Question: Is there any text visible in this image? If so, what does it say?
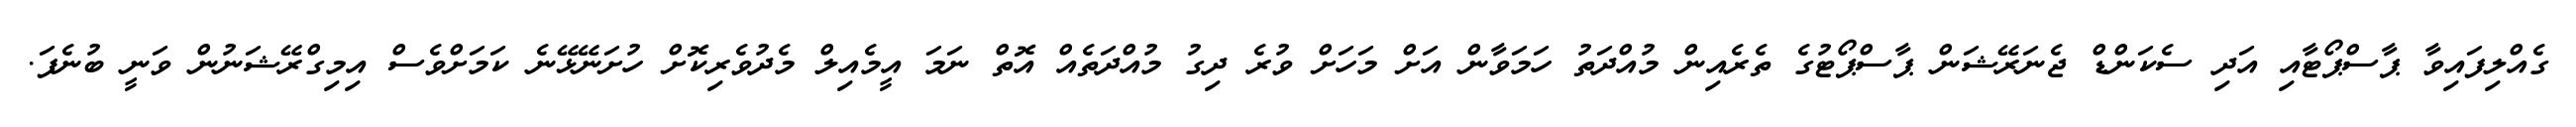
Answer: ގެއްލިފައިވާ ޕާސްޕޯޓާއި އަދި ސެކަންޑް ޖެނަރޭޝަން ޕާސްޕޯޓުގެ ތެރެއިން މުއްދަތު ހަމަވާން އަށް މަހަށް ވުރެ ދިގު މުއްދަތެއް އޮތް ނަމަ އީމެއިލް މެދުވެރިކޮށް ހުށަނޭޅޭނެ ކަމަށްވެސް އިމިގްރޭޝަނުން ވަނީ ބުނެފަ.